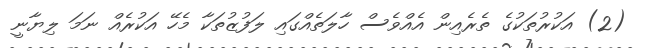
(2) އަކުރުތަކުގެ ތެރެއިން އެއްވެސް ހާލަތެއްގައި ލަފުޒުތަކާ މެހޭ އަކުރެއް ނަމަ ލިޔާނީ